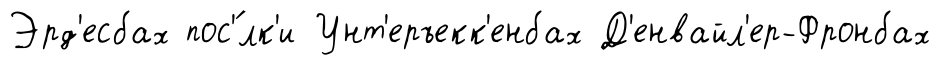
Эрд'есбах пос'́лк'и Унт'еръекк'енбах Д'енвайл'ер-Фронбах